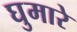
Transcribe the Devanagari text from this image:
घुमारे